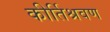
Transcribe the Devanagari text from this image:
कीर्तिश्रवण